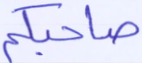
صاحبكم